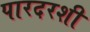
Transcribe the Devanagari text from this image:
पारदरशी